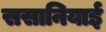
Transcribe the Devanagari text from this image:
ससानियाई